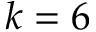
k = 6